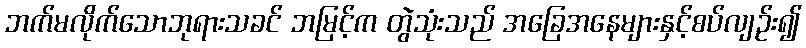
ဘက်မလိုက်သောဘုရားသခင် ဘမြင့်က တွဲသုံးသည် အခြေအနေများနှင့်စပ်လျဉ်း၍